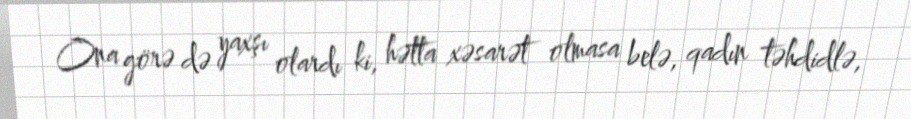
Ona görə də yaxşı olardı ki, hətta xəsarət olmasa belə, qadın təhdidlə,